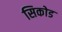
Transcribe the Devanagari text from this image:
सिकोड